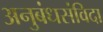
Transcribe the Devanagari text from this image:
अनुबंधसंविदा